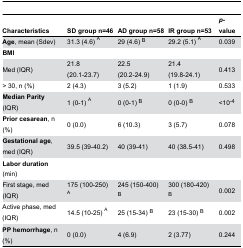
<table><thead><tr><td><b>Characteristics</b></td><td><b>SD group n=46</b></td><td><b>AD group n=58</b></td><td><b>IR group n=53</b></td><td><b><i>p</i>-value</b></td></tr></thead><tbody><tr><td><b>Age</b>, mean (Sdev)</td><td>31.3 (4.6) <sup>A</sup></td><td>29 (4.6) <sup>B</sup></td><td>29.2 (5.1) <sup>A</sup></td><td>0.039</td></tr><tr><td><b>BMI</b></td><td></td><td></td><td></td><td></td></tr><tr><td> Med (IQR)</td><td>21.8 (20.1-23.7)</td><td>22.5 (20.2-24.9)</td><td>21.4 (19.8-24.1)</td><td>0.413</td></tr><tr><td> &gt; 30, n (%)</td><td>2 (4.3)</td><td>3 (5.2)</td><td>1 (1.9)</td><td>0.533</td></tr><tr><td><b>Median Parity</b> (IQR)</td><td>1 (0-1) <sup>A</sup></td><td>0 (0-1) <sup>B</sup></td><td>0 (0-0) <sup>B</sup></td><td>&lt;10<sup>-4</sup></td></tr><tr><td><b>Prior cesarean</b>, n (%)</td><td>0 (0.0)</td><td>6 (10.3)</td><td>3 (5.7)</td><td>0.078</td></tr><tr><td><b>Gestational age</b>, med (IQR)</td><td>39.5 (39-40.2)</td><td>40 (39-41)</td><td>40 (38.5-41)</td><td>0.498</td></tr><tr><td><b>Labor duration</b> (min)</td><td></td><td></td><td></td><td></td></tr><tr><td> First stage, med (IQR)</td><td>175 (100-250) <sup>A</sup></td><td>245 (150-400) <sup>B</sup></td><td>300 (180-420) <sup>B</sup></td><td>0.002</td></tr><tr><td> Active phase, med (IQR)</td><td>14.5 (10-25) <sup>A</sup></td><td>25 (15-34) <sup>B</sup></td><td>23 (15-30) <sup>B</sup></td><td>0.002</td></tr><tr><td><b>PP hemorrhage</b>, n (%)</td><td>0 (0.0)</td><td>4 (6.9)</td><td>2 (3.77)</td><td>0.244</td></tr></tbody></table>